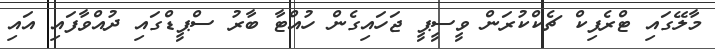
މާލޭގައި ޓްރެފިކް ޗެކްކުރަން ވީސީޕީ ޖަހައިގެން ހުއްޓާ ބާރު ސްޕީޑްގައި ދުއްވާފައި އައި